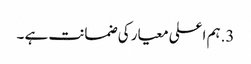
3.ہم اعلی معیار کی ضمانت ہے ۔